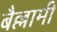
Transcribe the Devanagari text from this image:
बैल्लामी